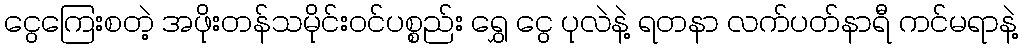
ငွေကြေးစတဲ့ အဖိုးတန်သမိုင်းဝင်ပစ္စည်း ရွှေ ငွေ ပုလဲနဲ့ ရတနာ လက်ပတ်နာရီ ကင်မရာနဲ့